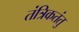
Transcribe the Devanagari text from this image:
तंत्रिकतंतु